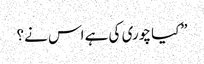
”کیا چوری کی ہے اس نے؟